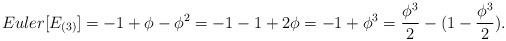
LaTeX: \begin{align*}{Euler} [E_{(3)}] = -1 + \phi - \phi^2 = -1-1+2\phi=-1+\phi^3= {\phi^3\over 2} - (1 - {\phi^3 \over 2}). \end{align*}